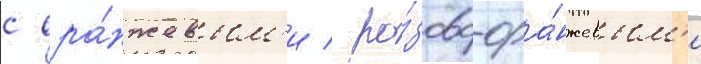
с ора́нжевым'и / ро́зово-ора́нжевым'и